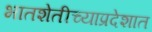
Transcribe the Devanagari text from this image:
भातशेतीच्याप्रदेशात